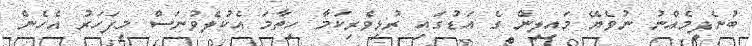
ބުނެފީމެއްނު ނުވެޔޭ މައިލީން ގެ އަޑުގައި ރުޅިވެރިކަމާ ހިތާމަ އެކުލެވުނަސް މިފަހަރު އެހެން